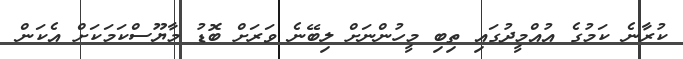
ކުރާނެ ކަމުގެ އުއްމީދުގައި ތިބި މީހުންނަށް ލިބޭނެ ވަރަށް ބޮޑު މާޔޫސްކަމަކަށް އެކަން